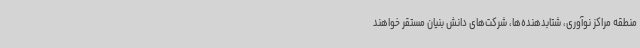
منطقه مراکز نوآوری، شتابدهنده‌ها، شرکت‌های دانش بنیان مستقر خواهند